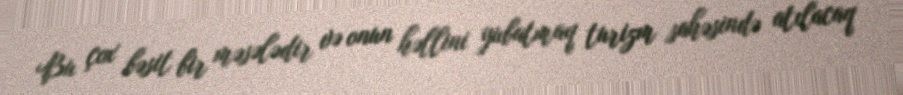
Bu çox bəsit bir məsələdir və onun həllini yubatmaq turizm sahəsində atılacaq